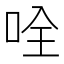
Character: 𠱴